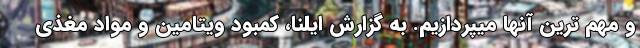
و مهم ترین آنها میپردازیم. به گزارش ایلنا، کمبود ویتامین و مواد مغذی